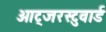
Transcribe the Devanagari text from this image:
ओट्जरस्टुवार्ड